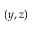
( y , z )